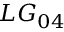
L G _ { 0 4 }